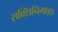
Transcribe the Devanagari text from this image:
सक्सिनिमाइड